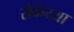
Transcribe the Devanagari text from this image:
रोकेय्या